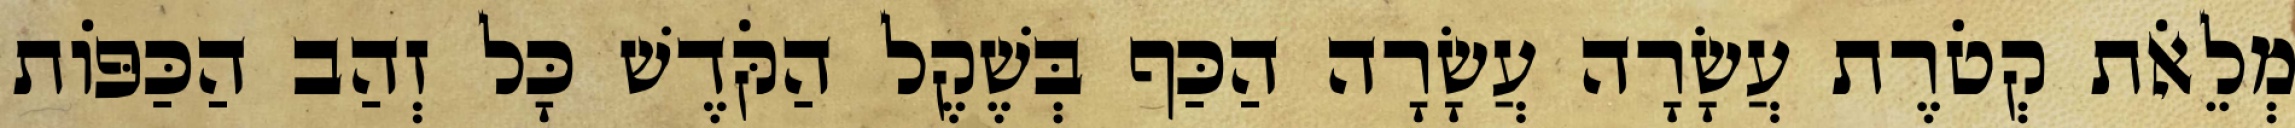
מְלֵאֹת קְטֹרֶת עֲשָׂרָה עֲשָׂרָה הַכַּף בְּשֶׁקֶל הַקֹּדֶשׁ כָּל זְהַב הַכַּפּוֹת